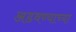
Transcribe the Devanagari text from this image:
अडवण्याच्या